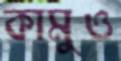
কামুও